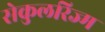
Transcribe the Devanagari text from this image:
सेकुलरिज्म